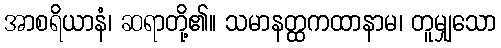
အာစရိယာနံ၊ ဆရာတို့၏။ သမာနတ္ထကထာနာမ၊ တူမျှသော